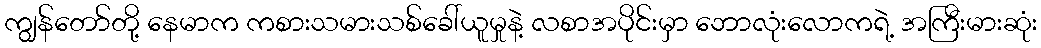
ကျွန်တော်တို့ နေမာက ကစားသမားသစ်ခေါ်ယူမှုနဲ့ လစာအပိုင်းမှာ ဘောလုံးလောကရဲ့ အကြီးမားဆုံး